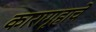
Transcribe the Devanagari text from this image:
कारागृहाचे